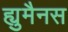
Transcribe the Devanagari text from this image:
ह्युमैनस